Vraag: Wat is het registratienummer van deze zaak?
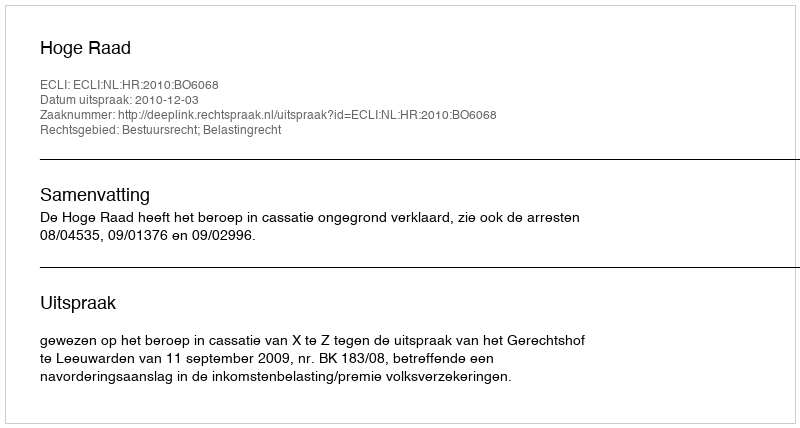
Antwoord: http://deeplink.rechtspraak.nl/uitspraak?id=ECLI:NL:HR:2010:BO6068